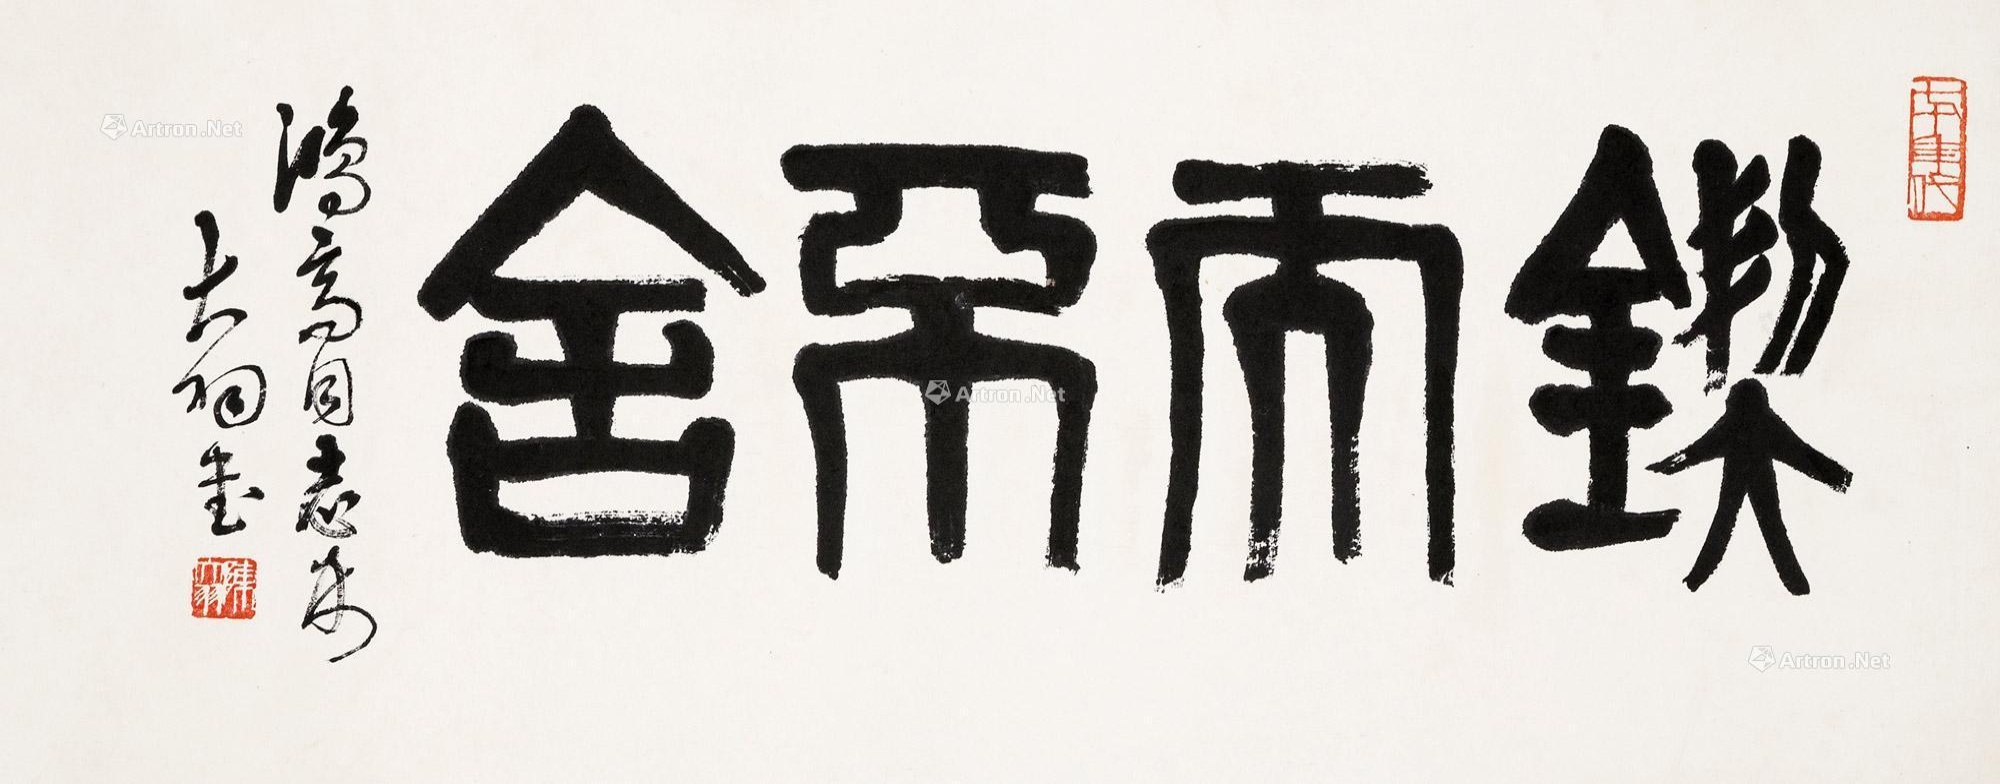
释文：锲而不舍。鸿高同志属，大羽书。